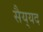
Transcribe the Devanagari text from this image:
सैय्‌यद